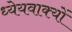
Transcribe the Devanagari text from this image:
ध्येयवाक्यों